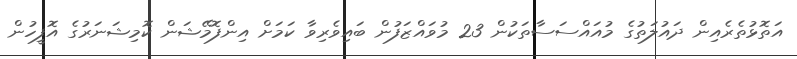
އަތޮޅުތެރެއިން ދައުލަތުގެ މުއައްސަސާތަކުން 23 މުވައްޒަފުން ބައިވެރިވާ ކަމަށް އިންފޮމޭޝަން ކޮމިޝަނަރުގެ އޮފީހުން